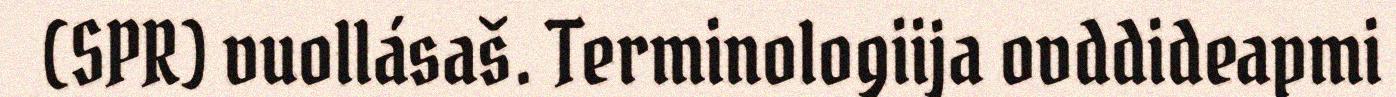
(SPR) vuollásaš. Terminologiija ovddideapmi